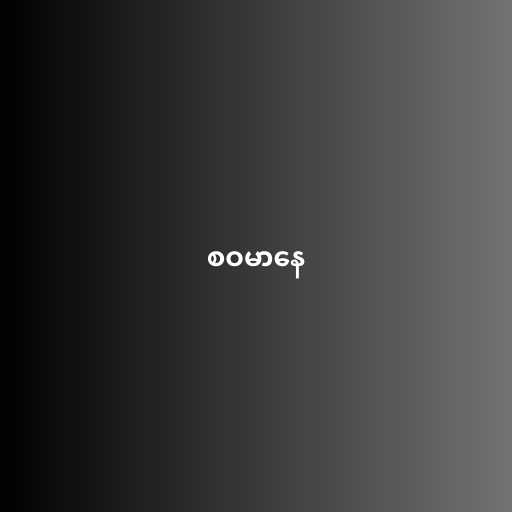
စဝမာနေ